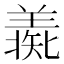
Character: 𦎶